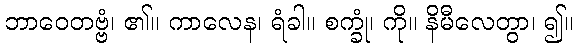
ဘာဝေတဗ္ဗံ၊ ၏။ ကာလေန၊ ရံခါ။ စက္ခုံ၊ ကို။ နိမီလေတွာ၊ ၍။